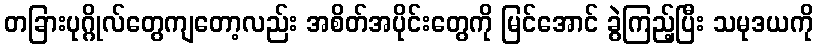
တခြားပုဂ္ဂိုလ်တွေကျတော့လည်း အစိတ်အပိုင်းတွေကို မြင်အောင် ခွဲကြည့်ပြီး သမုဒယကို